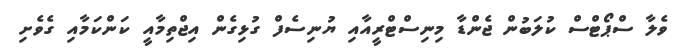
ވެލާ ސްޕޯޓްސް ކުލަބުން ޖެންޑާ މިނިސްޓްރީއާއި ޔުނިސެފް ގުޅިގެން އިޖްތިމާއީ ކަންކަމާއި ގެވެށި